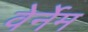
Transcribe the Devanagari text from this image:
वेर्नेम